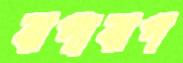
ঝপাঝপ